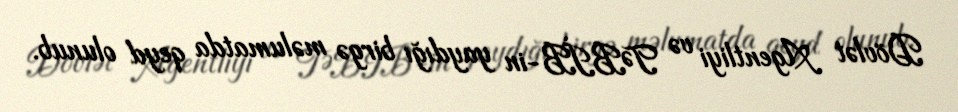
Dövlət Agentliyi və TƏBİB-in yaydığı birgə məlumatda qeyd olunub.